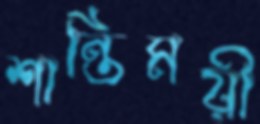
শান্তিময়ী